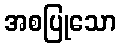
အစပြုသော